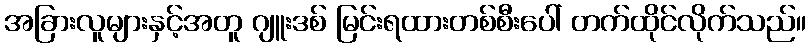
အခြားလူများနှင့်အတူ ဂျူးဒစ် မြင်းရထားတစ်စီးပေါ် တက်ထိုင်လိုက်သည်။